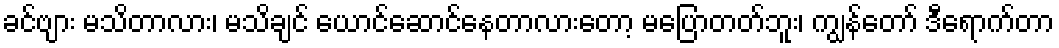
ခင်ဗျား မသိတာလား၊ မသိချင် ယောင်ဆောင်နေတာလားတော့ မပြောတတ်ဘူး၊ ကျွန်တော် ဒီရောက်တာ